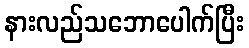
နားလည်သဘောပေါက်ပြီး